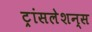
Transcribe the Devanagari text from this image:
ट्रांसलेशन्स